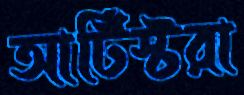
আর্টিস্টরা